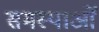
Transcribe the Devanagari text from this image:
समस्याओँ